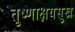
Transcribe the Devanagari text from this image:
तृष्णाक्षयसुख